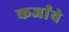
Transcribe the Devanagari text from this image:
कर्जांचे